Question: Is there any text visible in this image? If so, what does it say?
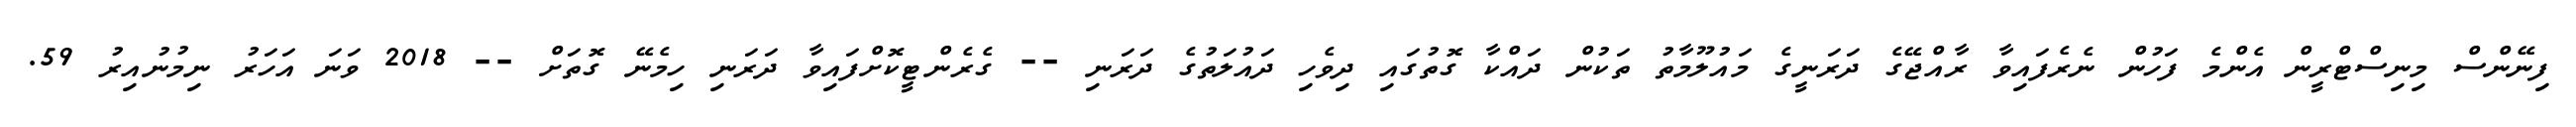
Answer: ފިނޭންސް މިނިސްޓްރީން އެންމެ ފަހުން ނެރެފައިވާ ރާއްޖޭގެ ދަރަނީގެ މައުލޫމާތު ތަކުން ދައްކާ ގޮތުގައި ދިވެހި ދައުލަތުގެ ދަރަނި -- ގެރެންޓީކޮށްފައިވާ ދަރަނި ހިމެނޭ ގޮތަށް -- 2018 ވަނަ އަހަރު ނިމުނުއިރު 59.